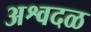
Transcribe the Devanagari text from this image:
अश्वदळ